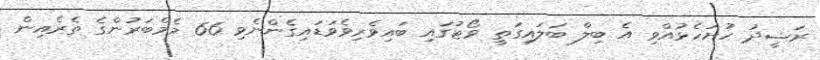
ރަޝީދު ހުށަހެޅުއްވި އެ ބިލް ބަލައިގަތީ ވޯޓުގައި ބައިވެރިވެވަޑައިގެންނެވި 66 މެމްބަރުންގެ ތެރެއިން